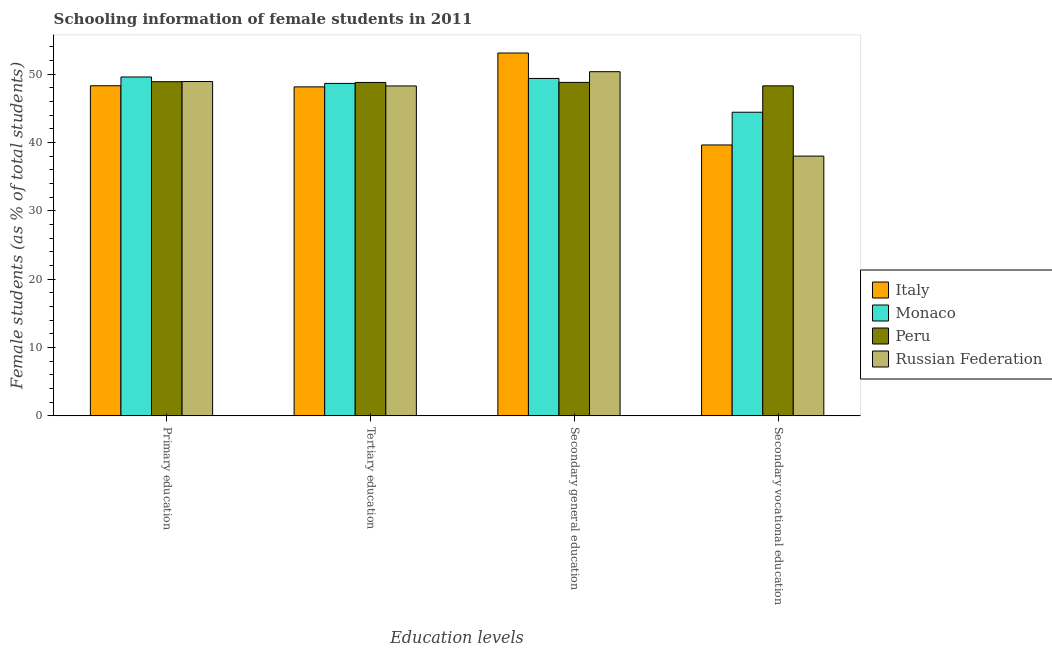
| Education levels | Italy | Monaco | Peru | Russian Federation |
 | --- | --- | --- | --- | --- |
 | Primary education | 48.3 | 49.6 | 48.9 | 48.9 |
 | Tertiary education | 48.2 | 48.7 | 48.8 | 48.3 |
 | Secondary general education | 53.1 | 49.4 | 48.8 | 50.4 |
 | Secondary vocational education | 39.7 | 44.4 | 48.3 | 38 |